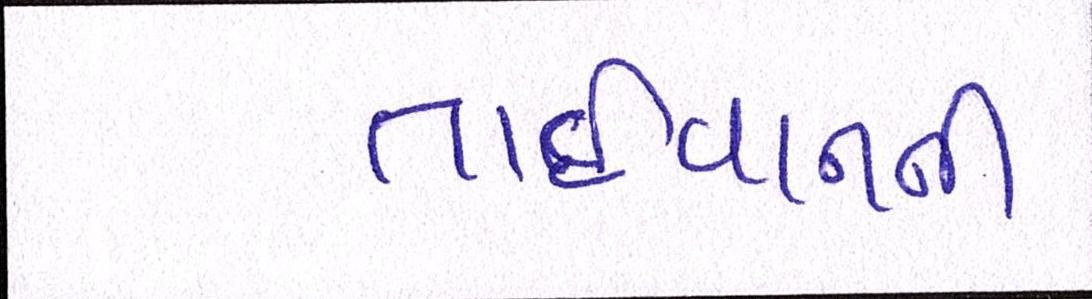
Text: તાઈવાનની